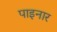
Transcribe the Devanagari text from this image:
पाइनार